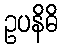
ဥပနိဓိ